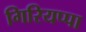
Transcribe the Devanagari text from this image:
गिरियप्पा